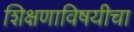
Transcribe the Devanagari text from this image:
शिक्षणाविषयीचा